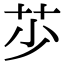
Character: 䒚